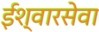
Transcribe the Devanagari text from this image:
ईश्वारसेवा